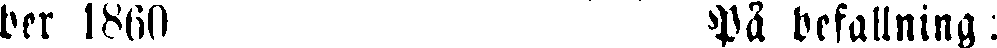
ber 1860 På befallning: